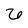
Character: 6